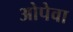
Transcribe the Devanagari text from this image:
ओपेवा